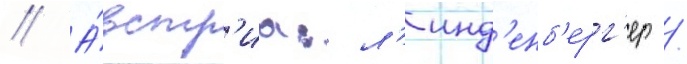
// А́встр'иа: л'инд'енб'ерг'ер /